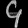
Digit: ၄